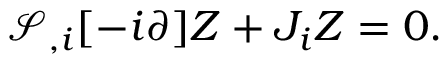
{ \mathcal { S } } _ { , i } [ - i \partial ] Z + J _ { i } Z = 0 .